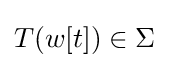
T(w[t])\in \Sigma